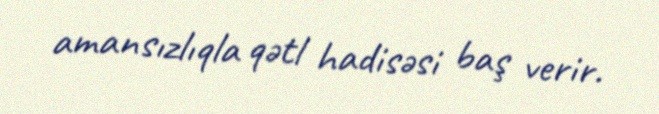
amansızlıqla qətl hadisəsi baş verir.